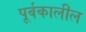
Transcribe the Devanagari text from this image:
पूर्वकालील